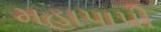
મહાપાપી